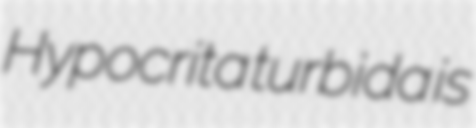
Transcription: Hypocrita turbida is